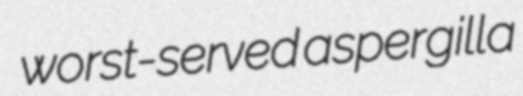
worst-served aspergilla